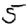
Digit: 5